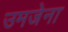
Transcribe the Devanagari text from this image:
उमजेना